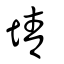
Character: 埥